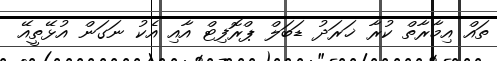
ތައް އިމާރާތް ކުރާ ޚަރަދު ޑަބަލް ޕްރޮފިޓް އާއި އެކު ނަގަން އުޅޭތީއޭ